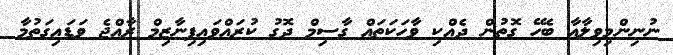
ނުނިންމިވިލާއާ ބެހޭ ގޮތުން ދެއްކި ވާހަކަތައް ގާސިމް ދޮގު ކުރައްވައިފިނާޒިމް ރާއްޖެ ވަޑައިގަތުމާ